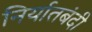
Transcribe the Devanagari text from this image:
निर्यातबंदी